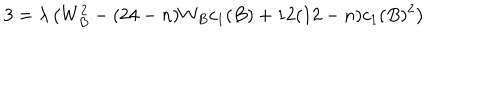
3 = \lambda \left( W _ { B } ^ { 2 } - ( 2 4 - n ) W _ { B } c _ { 1 } ( B ) + 1 2 ( 1 2 - n ) c _ { 1 } ( B ) ^ { 2 } \right)